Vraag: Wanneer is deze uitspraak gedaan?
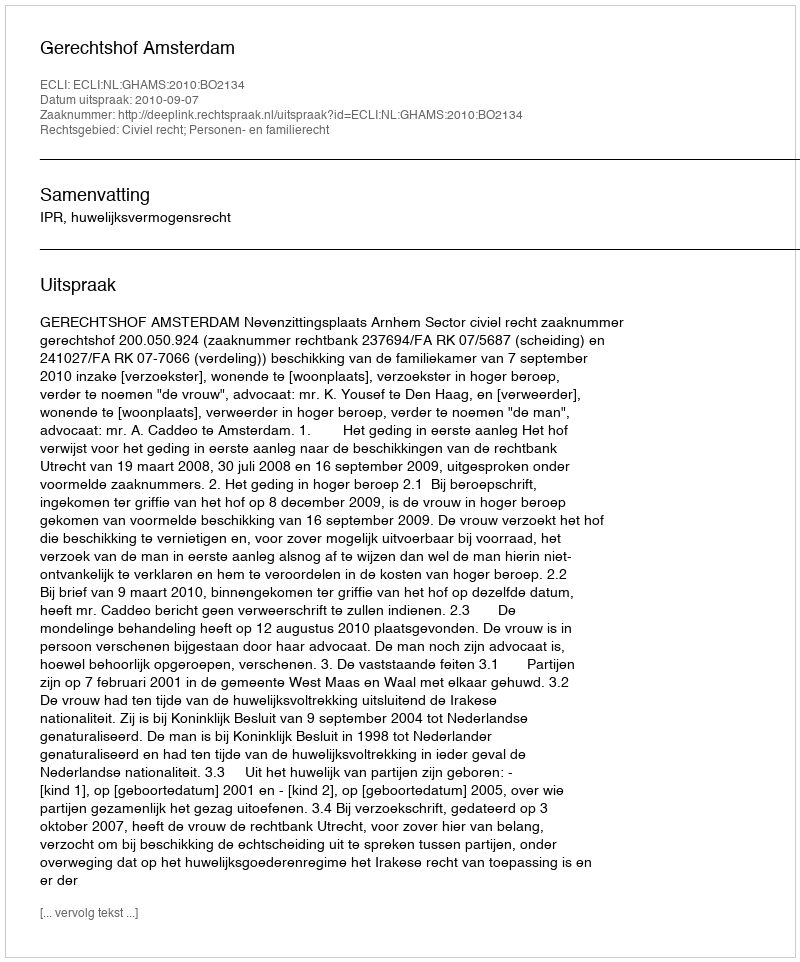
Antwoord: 2010-09-07